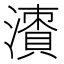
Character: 𣿙